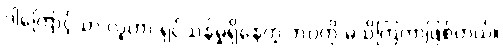
ဒါကြောင့်သာ လူဟာ ရှင်သန်မှုရှိနေတဲ့ ဘဝကို မသိကြတာဖြစ်တယ်။